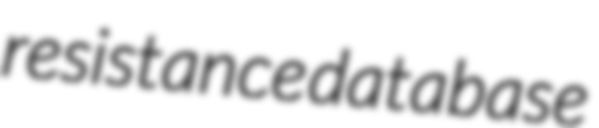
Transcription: resistance database